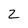
Character: Z